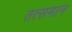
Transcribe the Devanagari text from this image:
तत्समान